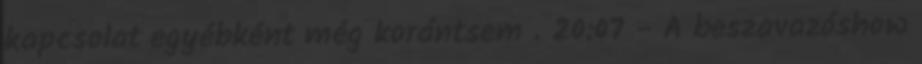
kapcsolat egyébként még korántsem . 20:07 - A beszavazóshow